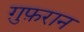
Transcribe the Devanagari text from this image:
ग़ुफ़रान